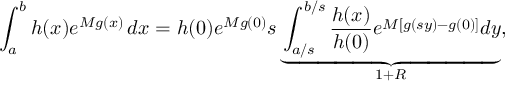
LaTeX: \int _ { a } ^ { b } h ( x ) e ^ { M g ( x ) } \, d x = h ( 0 ) e ^ { M g ( 0 ) } s \underbrace { \int _ { a / s } ^ { b / s } { \frac { h ( x ) } { h ( 0 ) } } e ^ { M \left[ g ( s y ) - g ( 0 ) \right] } d y } _ { 1 + R } ,